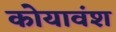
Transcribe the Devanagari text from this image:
कोयावंश